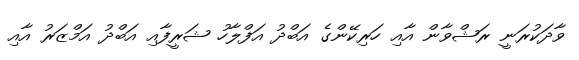
ވާދަކުރަނީ ރަޝްވާން އާއި ހަރިކޭންގެ އަބްދު އަފްލާހު ޝަރީފާއި އަބްދު އަމްޒަރު އާއި